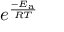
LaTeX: e ^ { \frac { - E _ { \mathrm { { a } } } } { R T } }